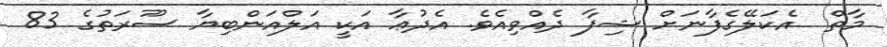
މާތް  އެކަލޭގެފާނަށް ޝިފާ ދެއްވިއެވެ. އެދުޢާ އަކީ އަލްއަންބިޔާ ސޫރަތުގެ 83